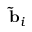
\mathbf { \widetilde { b } } _ { i }